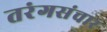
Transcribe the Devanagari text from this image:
तरंगसंचार